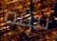
ننتبه